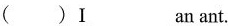
( )I___an ant.